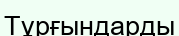
Тұрғындарды